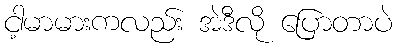
ငါ့မာမားကလည်း အဲဒီလို ပြောတာပဲ